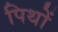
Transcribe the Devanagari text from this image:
पिथों